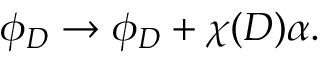
\phi _ { D } \rightarrow \phi _ { D } + \chi ( D ) \alpha .